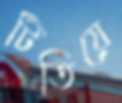
টিতিয়ে